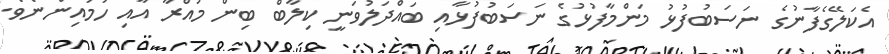
އެކަލޭގެފާނުގެ ނަސަބުފުޅު މަންމާފުޅުގެ ނަސަބުފުޅާއި ބައްދަލުވަނީ ކިލާބް ބިން މުއްރާ އާއި ހަމައިންނެވެ.